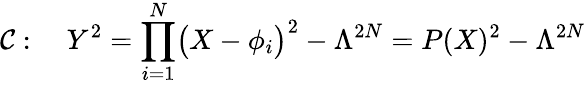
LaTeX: {\cal C}:\quad Y^{2}=\prod_{i=1}^{N}\bigl(X-\phi_{i}\bigr)^{2}-\Lambda^{2N}=P(X)^{2}-\Lambda^{2N}